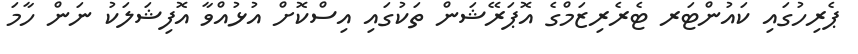
ޕެރިހުގައި ކައުންޓަރ ޓެރެރިޒަމްގެ އޮޕަރޭޝަން ތަކުގައި އިސްކޮށް އުޅުއްވާ އޮފިޝަލަކު ނަން ހާމަ